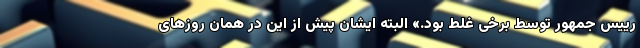
رییس جمهور توسط برخی غلط بود.» البته ایشان پیش از این در همان روزهای